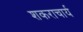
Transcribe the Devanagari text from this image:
शकराचार्य